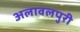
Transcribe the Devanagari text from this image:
अलावलपुरी